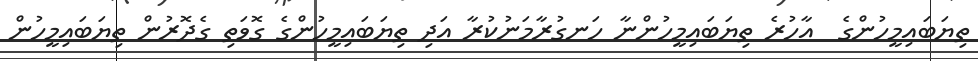
ތިޔަބައިމީހުންގެ  އާހުރެ ތިޔަބައިމީހުންނާ ހަނގުރާމަނުކުރާ އަދި ތިޔަބައިމީހުންގެ ގޮވަތި ގެދޮރުން ތިޔަބައިމީހުން